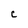
Character: C